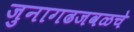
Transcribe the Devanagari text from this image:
जुनागढजवळचे